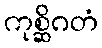
ကုစ္ဆိဂတံ